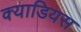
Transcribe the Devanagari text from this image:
क्याडियस